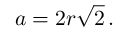
a = { 2 r } { \sqrt { 2 } } \, .